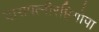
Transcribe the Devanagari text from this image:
दासपत्नीरहिगोपा